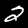
Label: 2